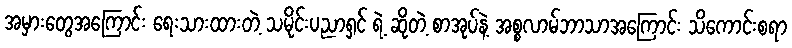
အမှားတွေအကြောင်း ရေးသားထားတဲ့ သမိုင်းပညာရှင် ရဲ့ ဆိုတဲ့ စာအုပ်နဲ့ အစ္စလာမ်ဘာသာအကြောင်း သိကောင်းစရာ